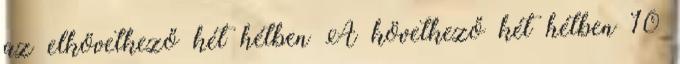
az elkövetkező két hétben A következő két hétben 10